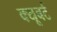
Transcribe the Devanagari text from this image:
क्यूबर्ट